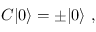
C | 0 \rangle = \pm | 0 \rangle \ ,